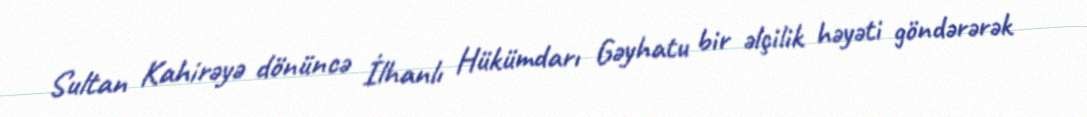
Sultan Kahirəyə dönüncə İlhanlı Hükümdarı Gəyhatu bir əlçilik həyəti göndərərək